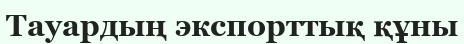
Тауардың экспорттық құны